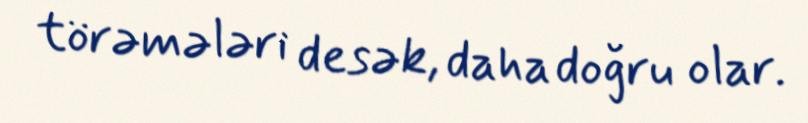
törəmələri desək, daha doğru olar.